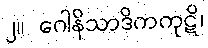
၂။ ဂေါနိသာဒိကကုဋိ၊